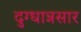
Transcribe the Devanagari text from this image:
दुग्धान्नसार